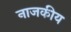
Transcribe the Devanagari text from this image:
नाजकीय